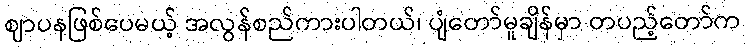
ဈာပနဖြစ်ပေမယ့် အလွန်စည်ကားပါတယ်၊ ပျံတော်မူချိန်မှာ တပည့်တော်က